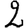
Digit: 2